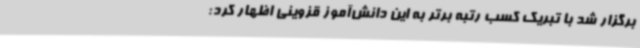
برگزار شد با تبریک کسب رتبه برتر به این دانش‌آموز قزوینی اظهار کرد: